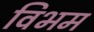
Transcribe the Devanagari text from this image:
विभम